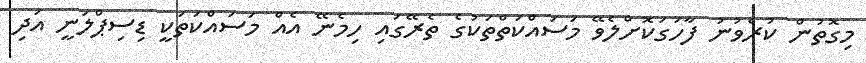
މިގޮތުން ކުރެވުނު ފާހަގަކޮށްލެވޭ މަސައްކަތްތަކުގެ ތެރޭގައި ހިމެނޭ އެއް މަސައްކަތަކީ ޑިސިޕްލަނީ އަދި